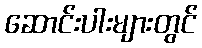
ဆောင်းပါးများတွင်